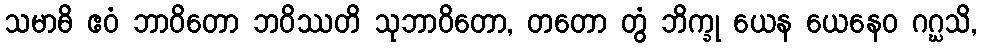
သမာဓိ ဧဝံ ဘာဝိတော ဘဝိဿတိ သုဘာဝိတော, တတော တွံ ဘိက္ခု ယေန ယေနေဝ ဂဂ္ဃသိ,